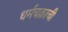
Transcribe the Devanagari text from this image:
धर्मचक्राची